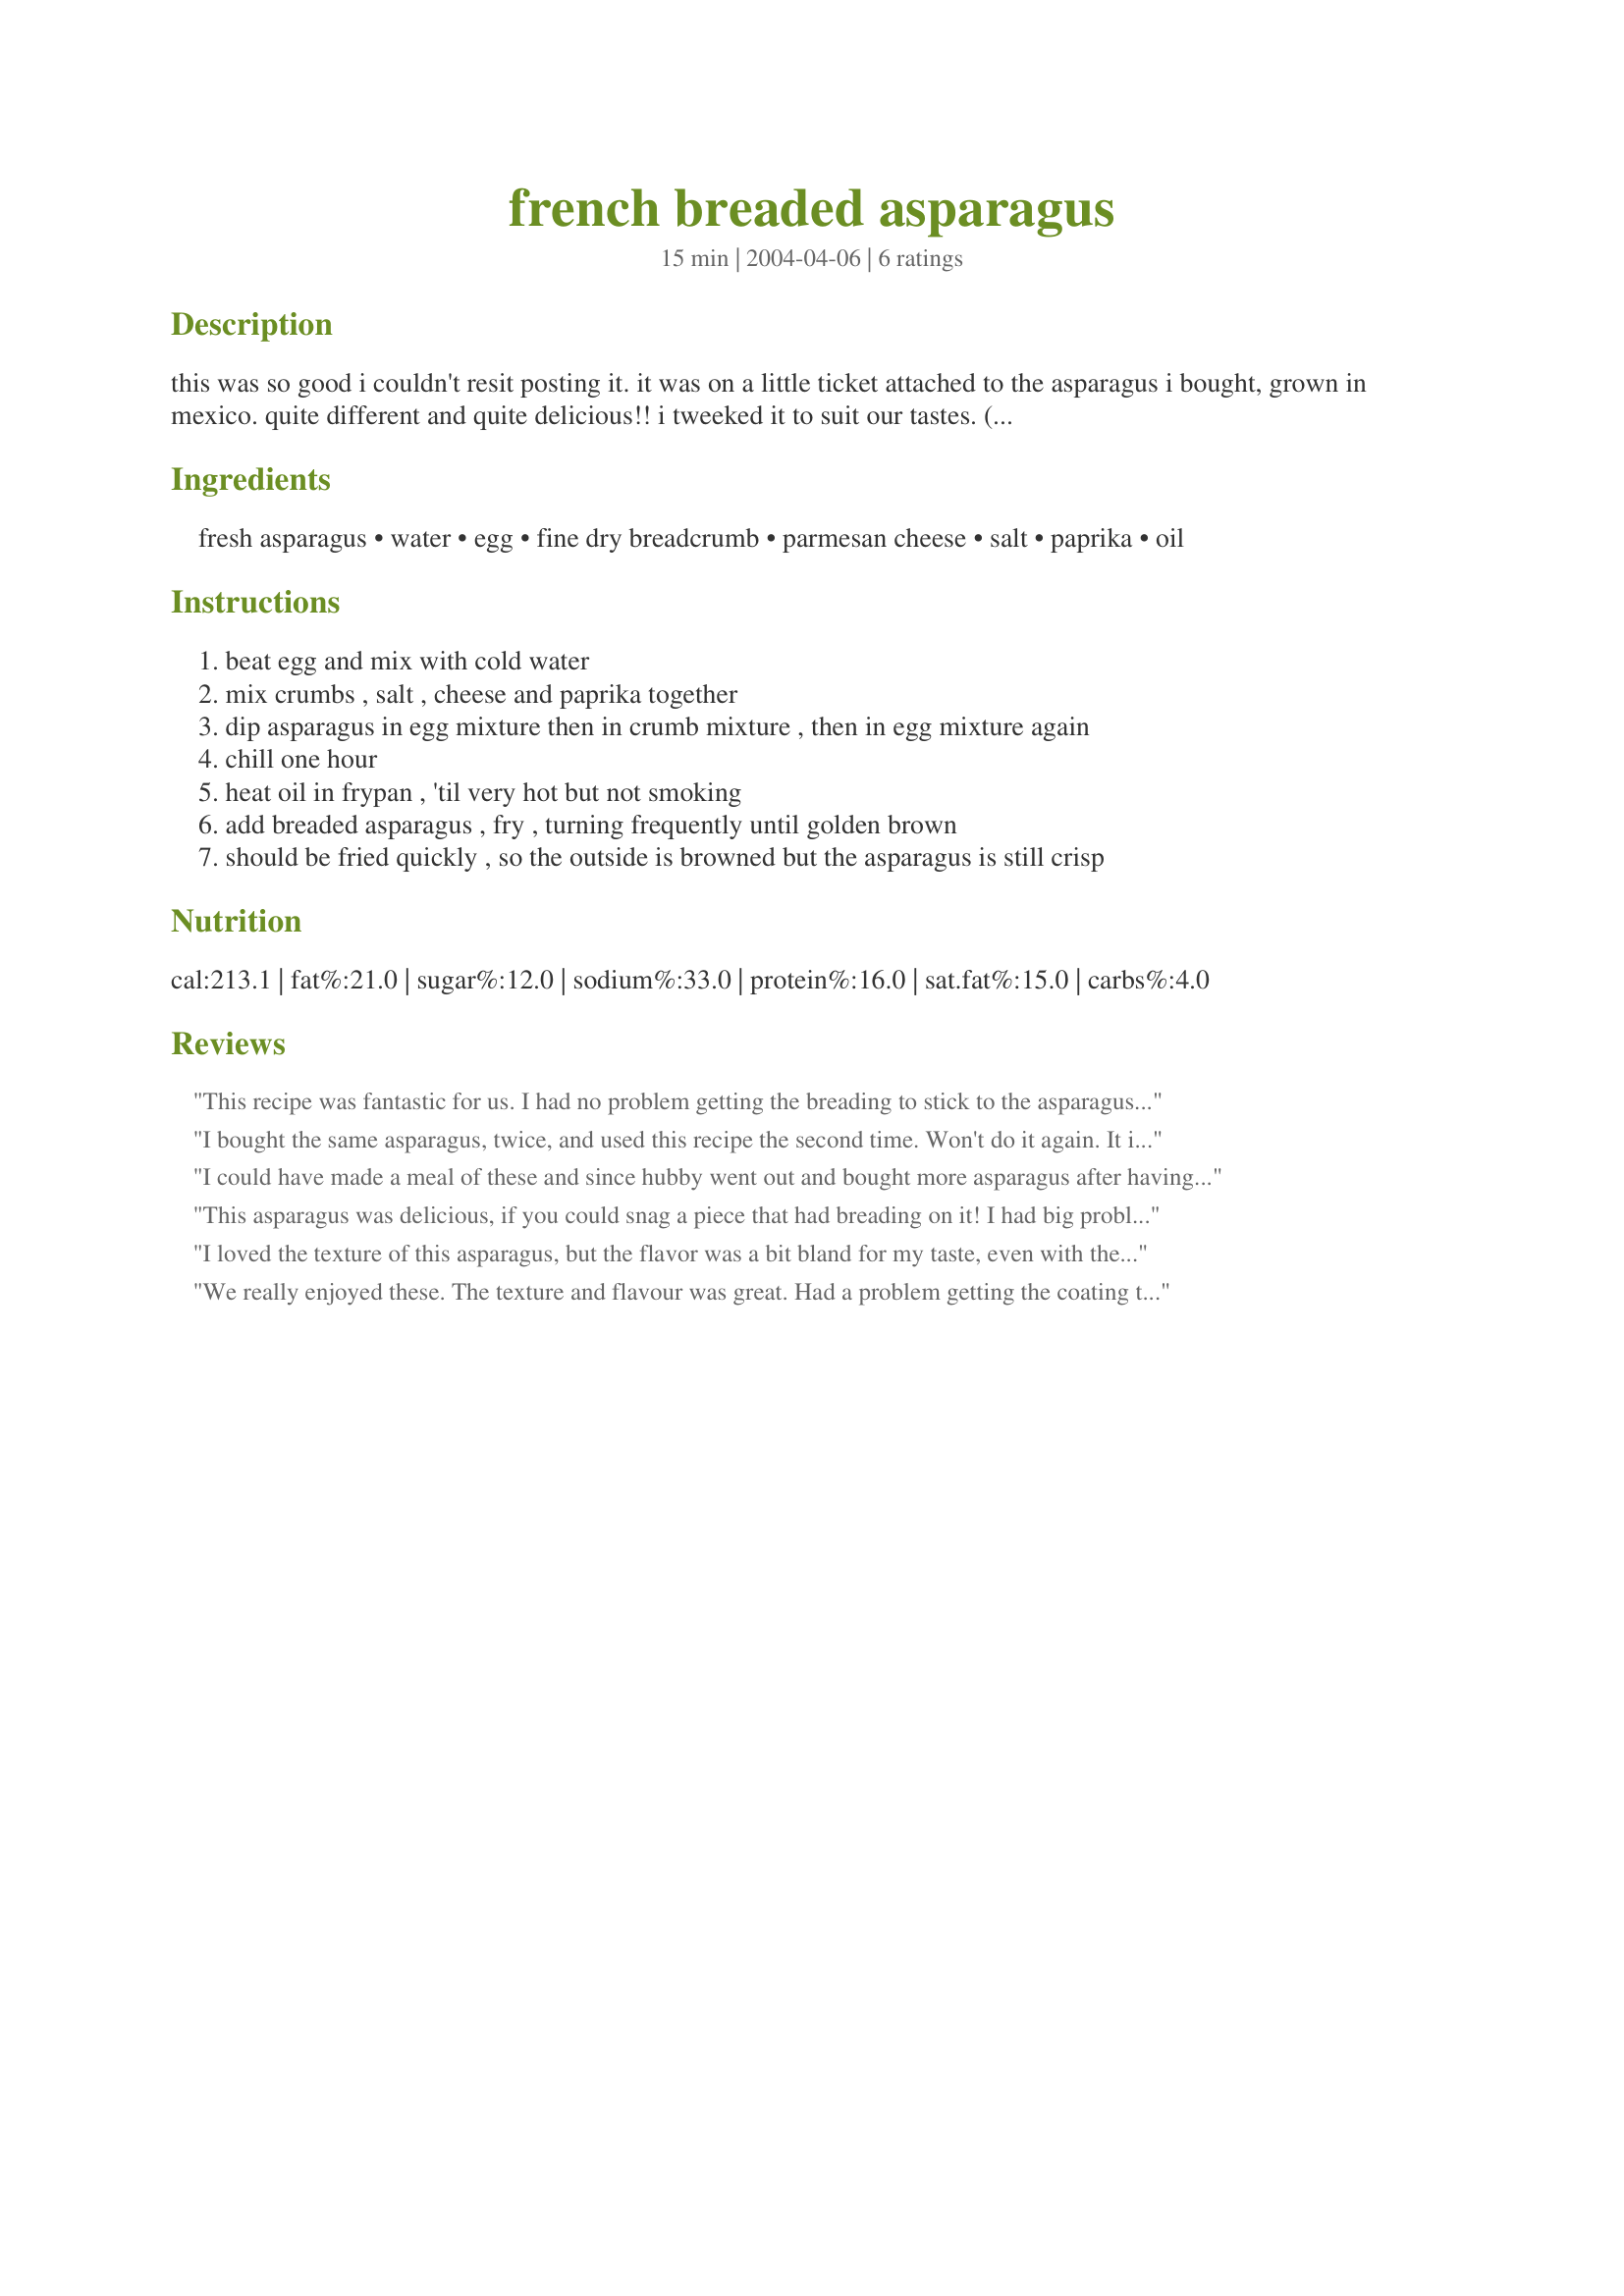
french breaded asparagus
Preparation time: 15 minutes

this was so good i couldn't resit posting it. it was on a little ticket attached to the asparagus i bought, grown in mexico. quite different and quite delicious!! i tweeked it to suit our tastes. (one hour chill time not included in cook time)

Ingredients:
fresh asparagus, water, egg, fine dry breadcrumb, parmesan cheese, salt, paprika, oil

Steps:
beat egg and mix with cold water
mix crumbs , salt , cheese and paprika together
dip asparagus in egg mixture then in crumb mixture , then in egg mixture again
chill one hour
heat oil in frypan , 'til very hot but not smoking
add breaded asparagus , fry , turning frequently until golden brown
should be fried quickly , so the outside is browned but the asparagus is still crisp

Reviews:
This recipe was fantastic for us. I had no problem getting the breading to stick to the asparagus spears. I really soaked them well in the egg mixture, and then just tossed them 3 at a time into the bread mixture and it worked great. They have a wonderful flavour, and are tender-crisp when cooked.
5 stars all the way, thanks for a great new way to enjoy a favourite vegetable!
I bought the same asparagus, twice, and used this recipe the second time. Won't do it again. It is so bland. I suggest adding other spices and seasonings to give it added flavor.
I could have made a meal of these and since hubby went out and bought more asparagus after having these...guess he liked this dish as much as I. Mine came out a little dark and crunchy but oh-so-good!!! Thanks Derf, this one's a definite keeper.
This asparagus was delicious, if you could snag a piece that had breading on it! I had big problems trying to keep the breading on, and mainly wound up globbing the now wet breadcrumb mixture onto the asparagus prior to refrigeration. I would have given 5 stars for flavor, if not for this problem - did I do something wrong?
I loved the texture of this asparagus, but the flavor was a bit bland for my taste, even with the parmesan and paprika. I’ll try this again, but next time I’ll probably add some more seasonings to the bread crumb mixture.
We really enjoyed these. The texture and flavour was great. Had a problem getting the coating to stick to all the pieces though. Still tasted good.
